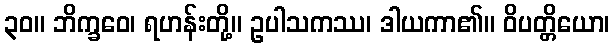
၃၀။ ဘိက္ခဝေ၊ ရဟန်းတို့။ ဥပါသကဿ၊ ဒါယကာ၏။ ဝိပတ္တိယော၊